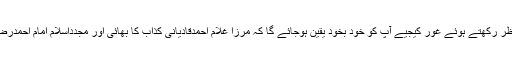
ان تمام تاریخی حقائق و شواہد کو پیش نظر رکھتے ہوئے غور کیجیے آپ کو خود بخود یقین ہوجائے گا کہ مرزا غلام احمدقادیانی کذاب کا بھائی اور مجدداسلام امام احمدرضا کے استاذ دو الگ الگ شخصیتیں ہیں ۔